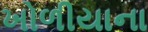
ખોળીયાના